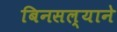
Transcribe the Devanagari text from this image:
बिनसल्याने